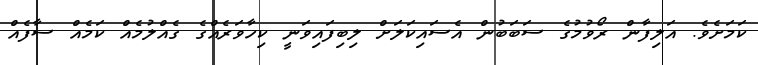
ކަމަށެވެ. އަލިފާން ރޯވުމުގެ ސަބަބުން އެސައިކަލަށް ލިބިފައިވަނީ ކިހާވަރެއްގެ ގެއްލުމެއް ކަމެއް ސާފެއް